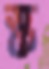
স্ক